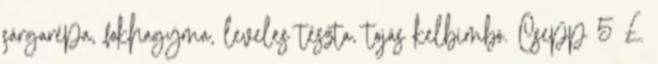
sárgarépa, fokhagyma, leveles tészta, tojás kelbimbó. Csepp 5 £